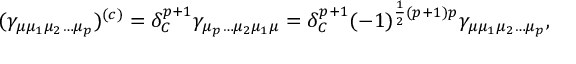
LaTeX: ( \gamma _ { \mu \mu _ { 1 } \mu _ { 2 } \ldots \mu _ { p } } ) ^ { ( c ) } = \delta _ { C } ^ { p + 1 } \gamma _ { \mu _ { p } \ldots \mu _ { 2 } \mu _ { 1 } \mu } = \delta _ { C } ^ { p + 1 } ( - 1 ) ^ { \frac 1 2 ( p + 1 ) p } \gamma _ { \mu \mu _ { 1 } \mu _ { 2 } \ldots \mu _ { p } } ,